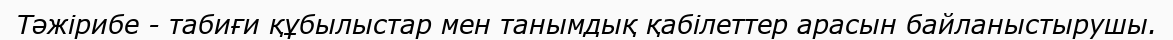
Тәжірибе - табиғи құбылыстар мен танымдық қабілеттер арасын байланыстырушы.